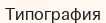
Типография